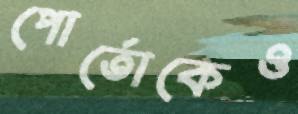
পোর্তোকেও